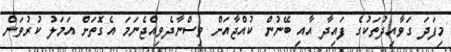
މިފަދަ ގަވާއިދުތަކުގެ ފައިދާ އާއި ބޭނުން ކުއްޖާއަށް ވިސްނާދެވިއްޖެނަމަ އެގޮތަށް އަމަލު ކުރުވަން